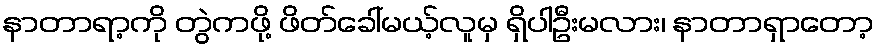
နာတာရာ့ကို တွဲကဖို့ ဖိတ်ခေါ်မယ့်လူမှ ရှိပါဦးမလား၊ နာတာရှာတော့